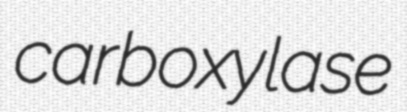
carboxylase